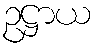
ဥဋ္ဌာယ